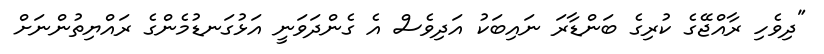
"ދިވެހި ރާއްޖޭގެ ކުރިގެ ބަންޑާރަ ނައިބަކު އަދިވެސް އެ ގެންދަވަނީ އަޅުގަނޑުމެންގެ ރައްޔިތުންނަށް